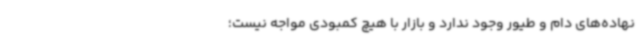
نهاده‌های دام و طیور وجود ندارد و بازار با هیچ کمبودی مواجه نیست؛